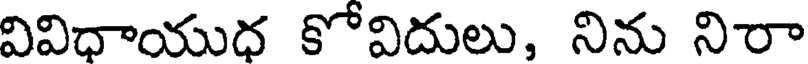
వివిధాయుధ కోవిదులు, నిను నిరా